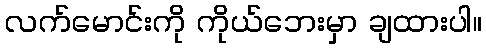
လက်မောင်းကို ကိုယ်ဘေးမှာ ချထားပါ။